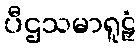
ပီဌသမာရူဠှံ